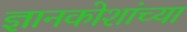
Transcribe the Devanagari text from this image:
ज्ञानकोशांच्या